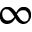
\infty